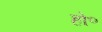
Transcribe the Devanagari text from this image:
हो॰